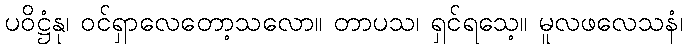
ပဝိဋ္ဌံနု၊ ဝင်ရှာလေတော့သလော။ တာပသ၊ ရှင်ရသေ့။ မူလဖလေသနံ၊